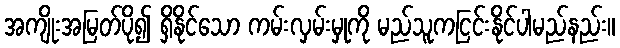
အကျိုးအမြတ်ပို၍ ရှိနိုင်သော ကမ်းလှမ်းမှုကို မည်သူကငြင်းနိုင်ပါမည်နည်း။